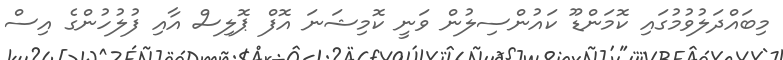
މިބައްދަލުވުމުގައި ކޮމަންޑޫ ކައުންސިލުން ވަނީ ކޮމިޝަނަ އޮފް ޕޮލިސް އާއި ފުލުހުންގެ އިސް